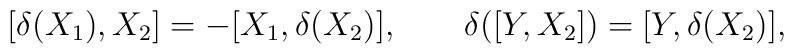
[\delta(X_1),X_2] = -[X_1,\delta(X_2)],\qquad   \delta([Y,X_2]) = [Y,\delta(X_2)],